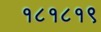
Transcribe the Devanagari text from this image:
१८१८१९